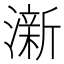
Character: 澵